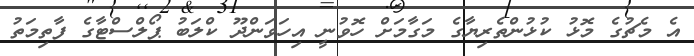
އެ މެޗުގެ މޮޅު ކުޅުންތެރިޔާގެ މަގާމަށް ހޮވުނީ އިހަވަންދޫ ކްލަބު ޕޯލްސްޓާގެ ފާތިމަތު